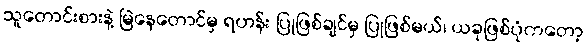
သူတောင်းစားနဲ့ မြဲနေတောင်မှ ရဟန်း ပြုဖြစ်ချင်မှ ပြုဖြစ်မယ်၊ ယခုဖြစ်ပုံကတော့